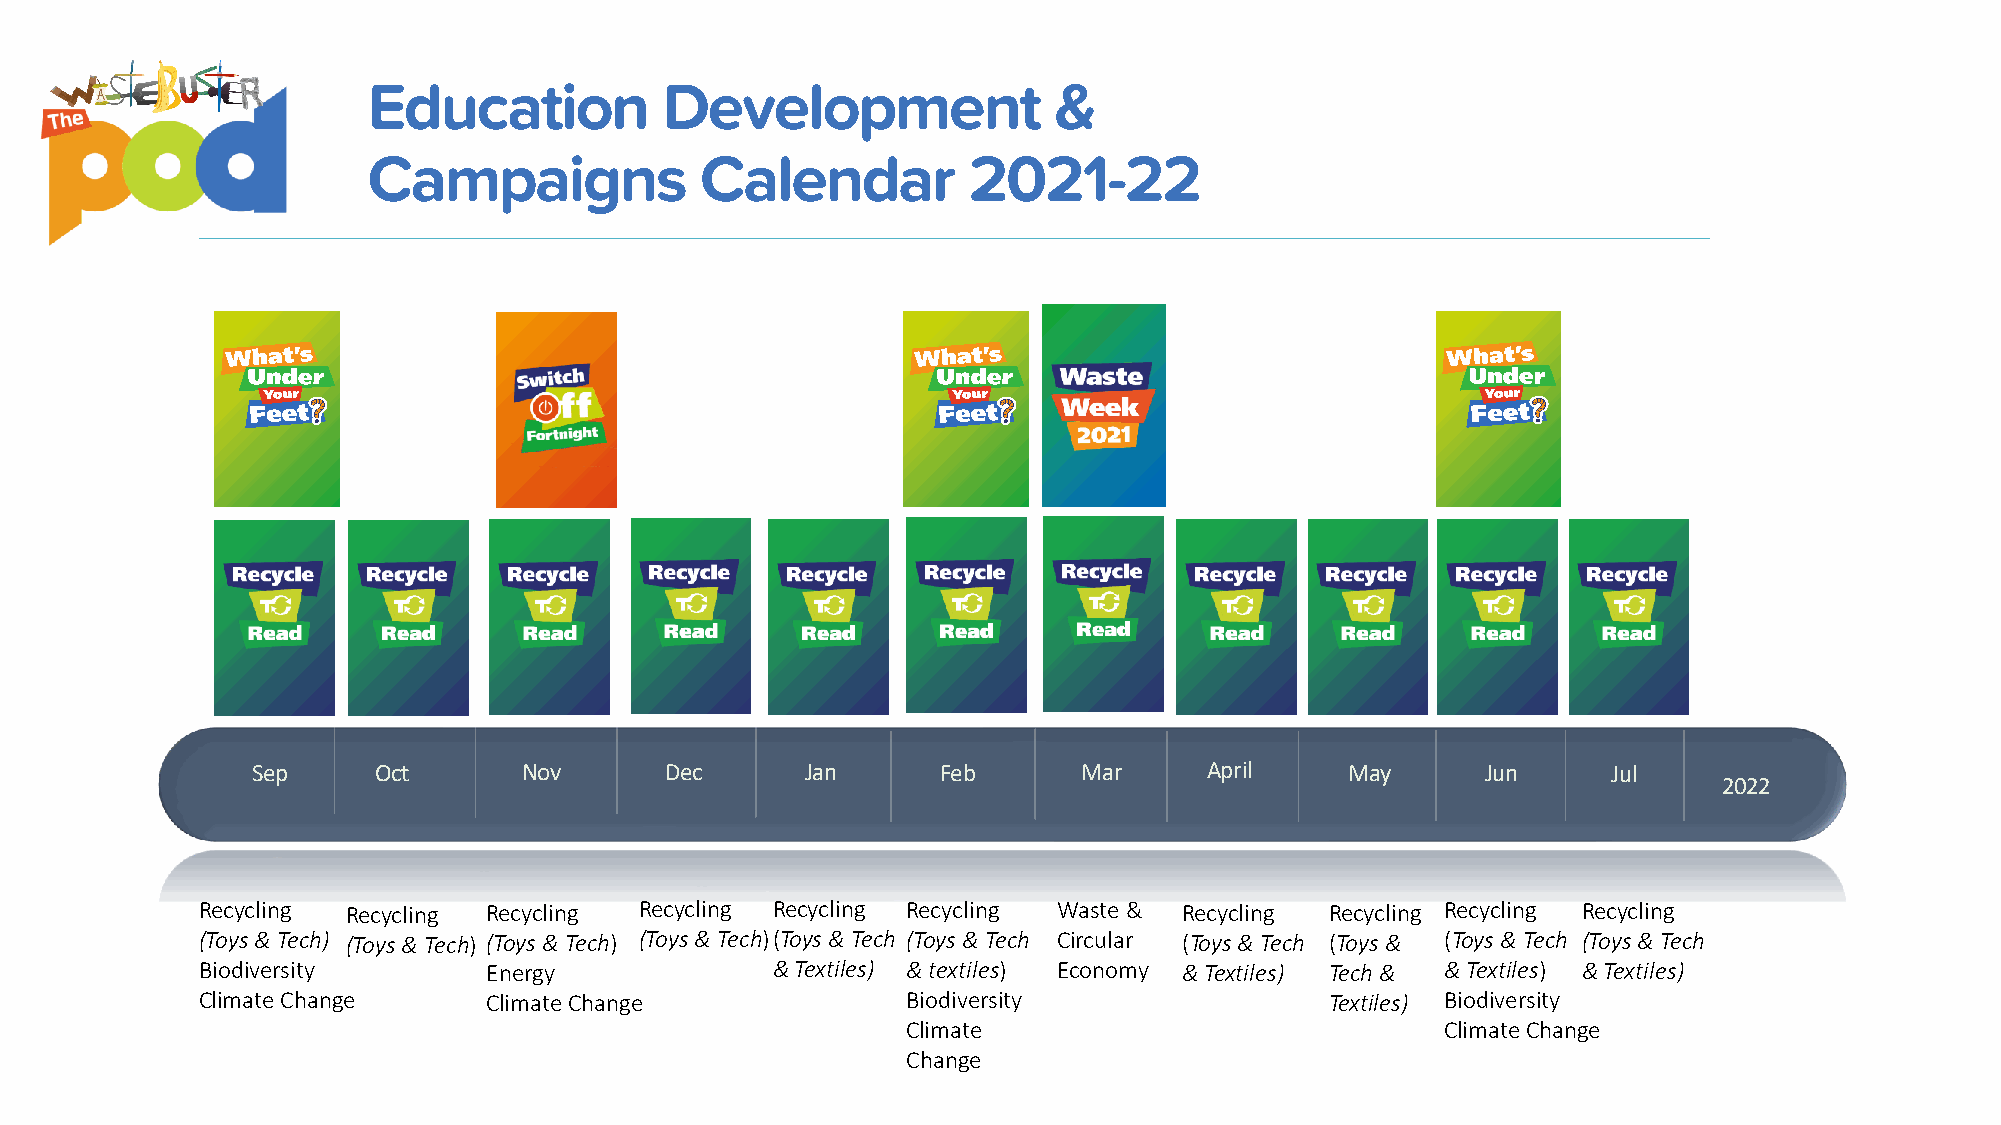
Education           Development               &
 Campaigns             Calendar          2021-22
 Sep     Oct       Nov      Dec      Jan      Feb       Mar     April    May      Jun      Jul
 2022
 Recycling Recycling Recycling Recycling Recycling Recycling Waste & Recycling Recycling Recycling Recycling
 (Toys & Tech) (Toys & Tech) (Toys & Tech) (Toys & Tech) (Toys & Tech (Toys & Tech Circular (Toys & Tech (Toys & (Toys & Tech (Toys & Tech
 Biodiversity       Energy             & Textiles) & textiles) Economy & Textiles) Tech & & Textiles) & Textiles)
 Climate Change     Climate Change              Biodiversity                Textiles) Biodiversity
 Climate                             Climate Change
 Change